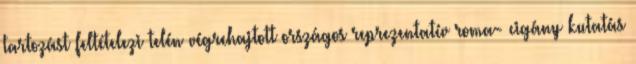
tartozást feltételezi telén végrehajtott országos reprezentatív roma- cigány kutatás